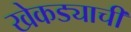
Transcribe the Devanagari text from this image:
खेकड्याची